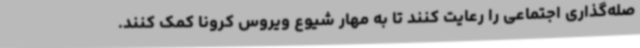
صله‌گذاری اجتماعی را رعایت کنند تا به مهار شیوع ویروس کرونا کمک کنند.